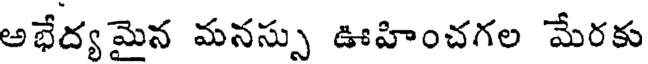
అభేద్యమైన మనస్సు ఊహించగల మేరకు